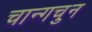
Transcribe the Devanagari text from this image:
चान्गचुन